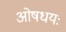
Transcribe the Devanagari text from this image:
ओषधयः